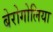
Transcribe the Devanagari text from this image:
बेरोगोलिया